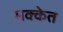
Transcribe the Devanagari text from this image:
मक्केत